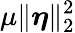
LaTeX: \mu\| \boldsymbol{\eta}\| _{2}^{2}